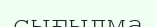
сығылма